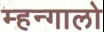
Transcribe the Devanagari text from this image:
म्हन्गालो